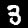
Digit: 3